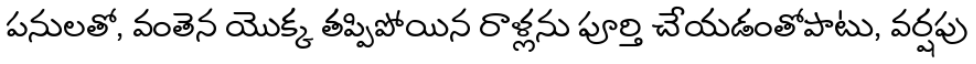
పనులతో, వంతెన యొక్క తప్పిపోయిన రాళ్లను పూర్తి చేయడంతోపాటు, వర్షపు